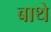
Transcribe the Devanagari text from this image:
बाथे